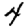
Digit: 4